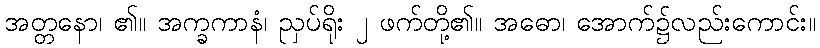
အတ္တနော၊ ၏။ အက္ခကာနံ၊ ညှပ်ရိုး ၂ ဖက်တို့၏။ အဓော၊ အောက်၌လည်းကောင်း။